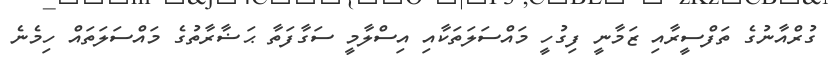
ގުރްއާނުގެ ތަފްސީރާއި ޒަމާނީ ފިގުހީ މައްސަލަތަކާއި އިސްލާމީ ސަގާފަތާ ޙަޟާރާތުގެ މައްސަލަތައް ހިމެނެ